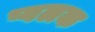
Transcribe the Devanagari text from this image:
प्वलक